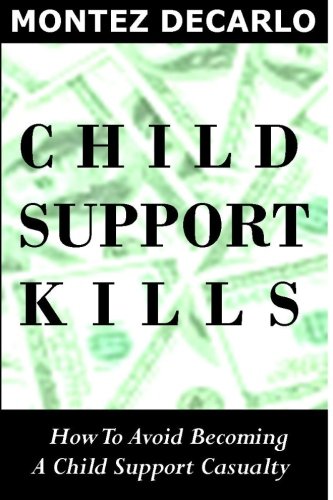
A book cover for Child Support Kills: How To Avoid Becoming A Child Support Casualty; Mr. Montez DeCarlo; Law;